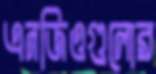
এনজিওগুলোর